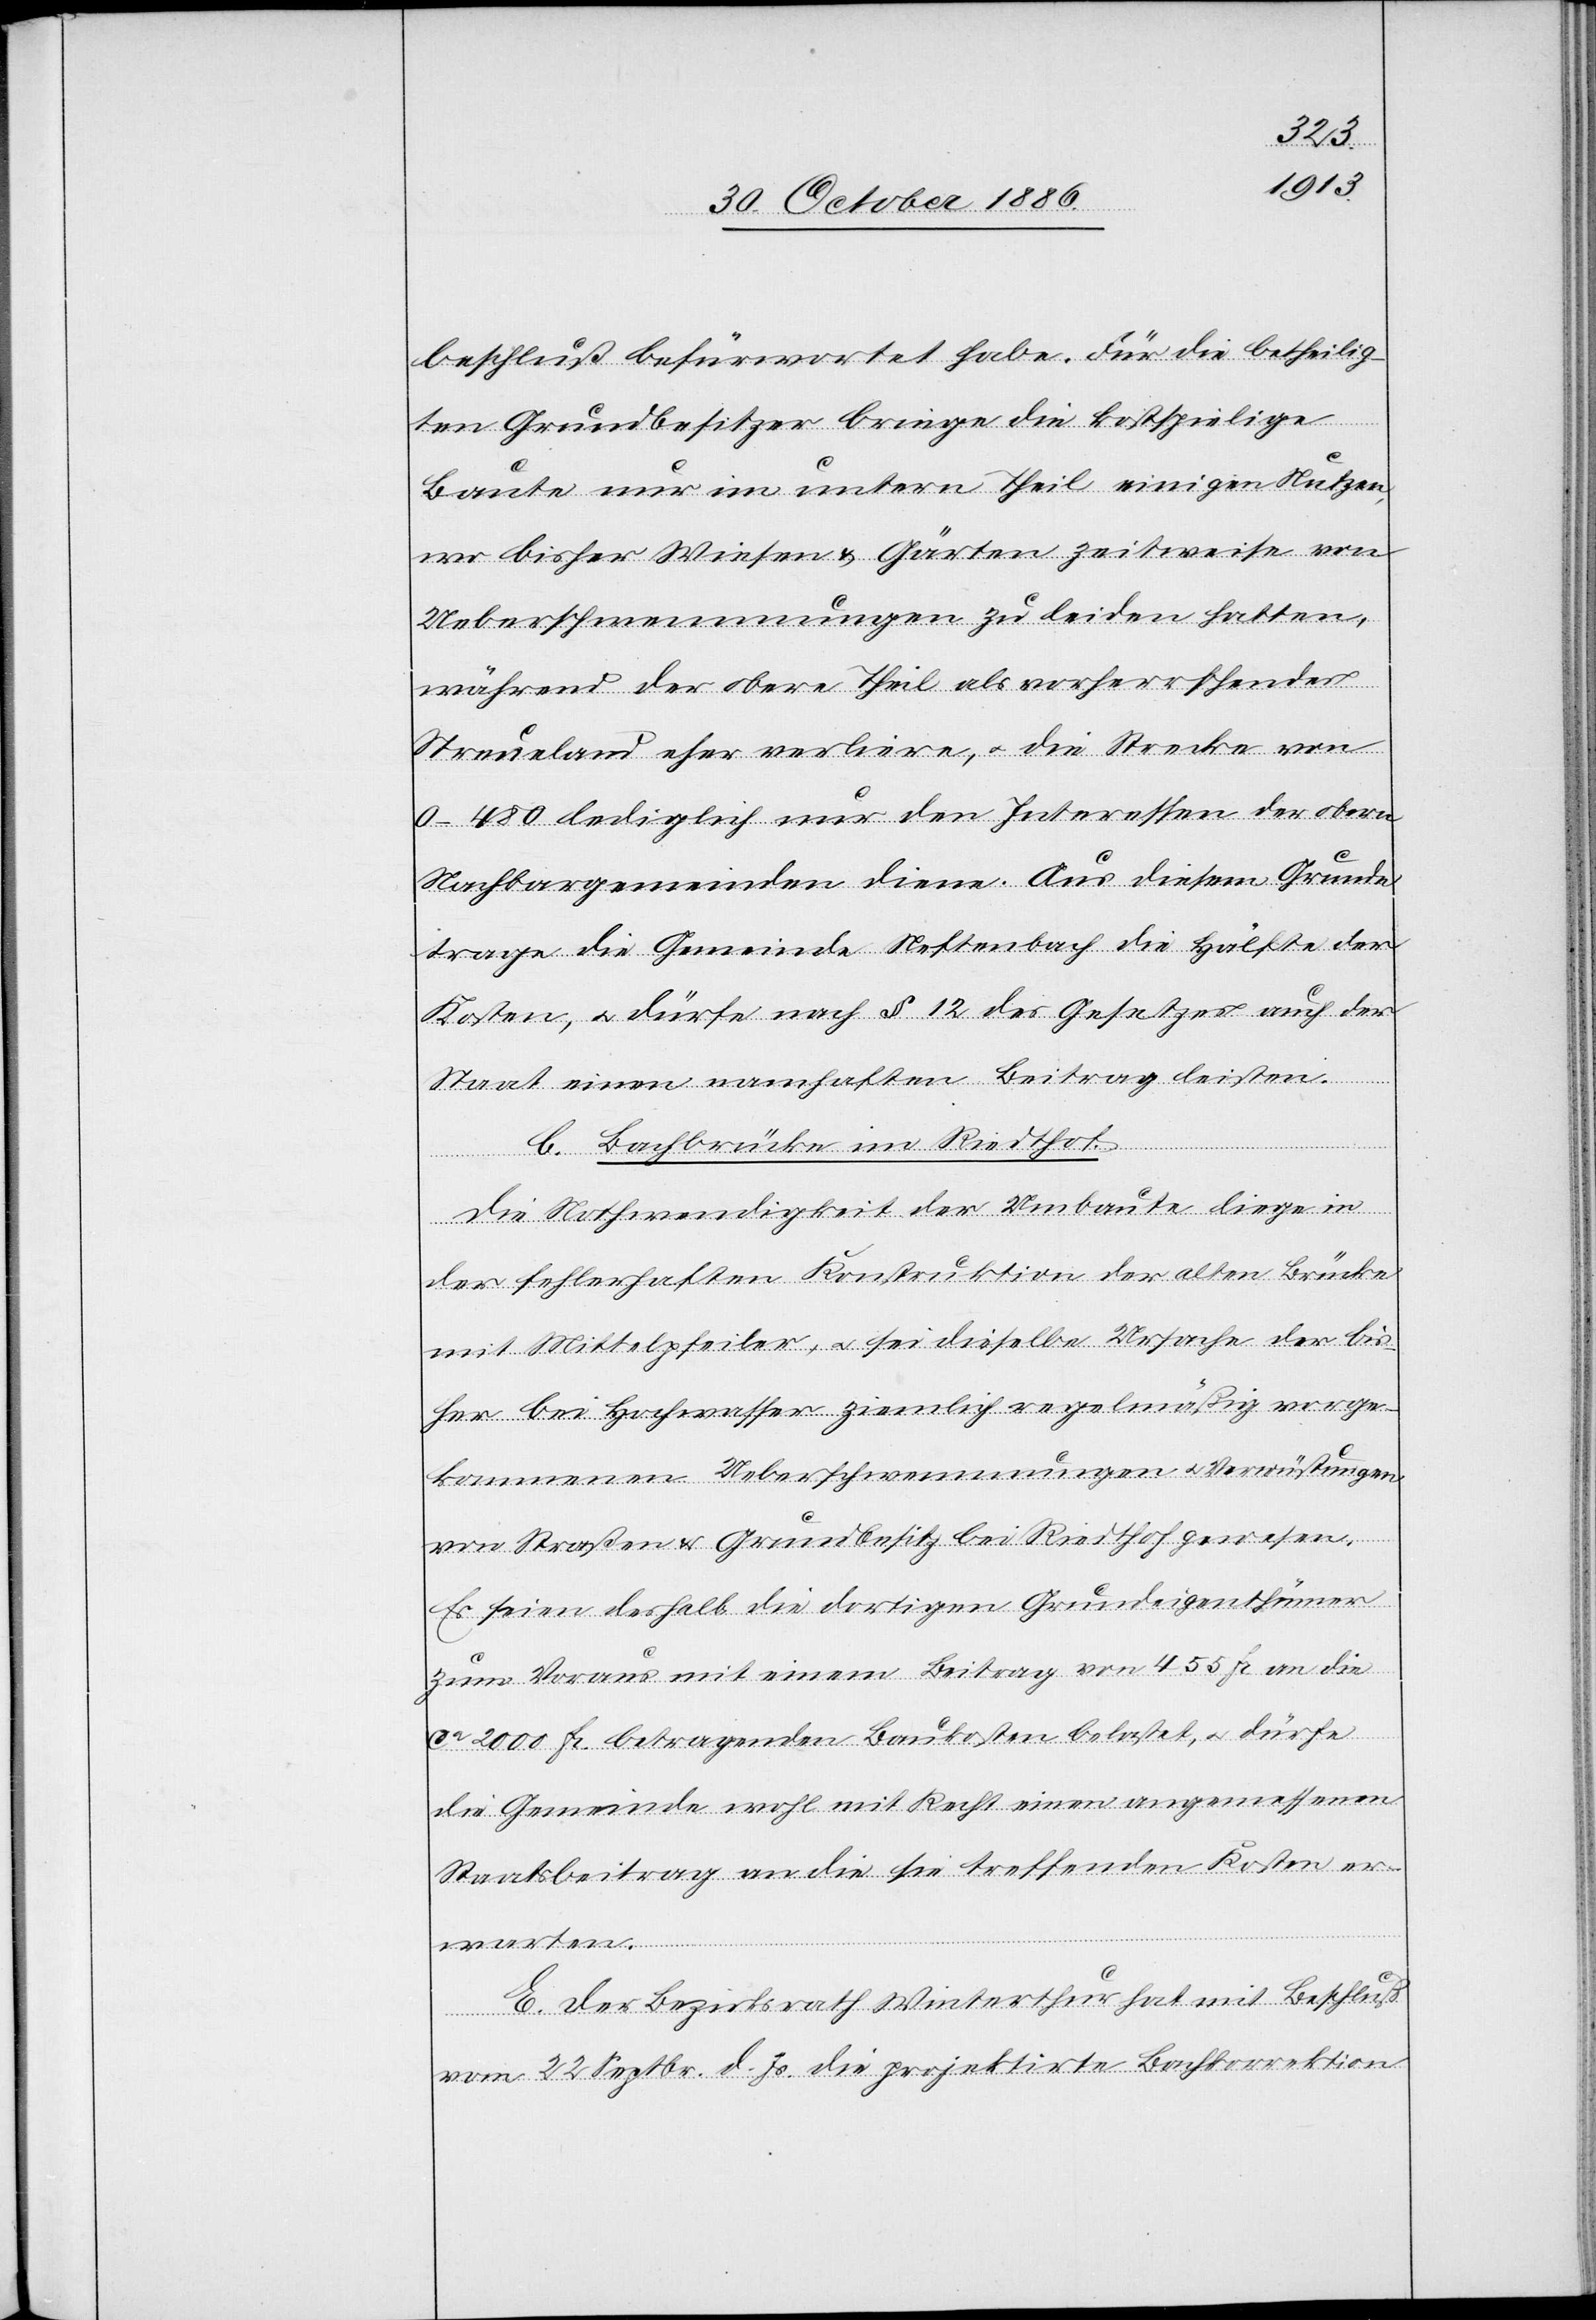
beschluß befürwortet habe. Für die betheilig¬
ten Grundbesitzer bringe die kostspielige
Baute nur im untern Theil einigen Nutzen,
wo bisher Wiesen & Gärten zeitweise von
Ueberschwemmungen zu leiden hatten,
während der obere Theil als vorherrschendes
Streueland eher verliere, & die Strecke von
0–480 lediglich nur den Interessen der obern
Nachbargemeinden diene. Aus diesem Grunde
trage die Gemeinde Neftenbach die Hälfte der
Kosten, & dürfe nach § 12 des Gesetzes auch der
Staat einen namhaften Beitrag leisten.
b. Bachbrücke im Riedthof.
Die Nothwendigkeit der Umbaute liege in
der fehlerhaften Konstruktion der alten Brücke
mit Mittelpfeiler, & sei dieselbe Ursache der bis¬
her bei Hochwasser ziemlich regelmäßig vorge¬
kommenen Ueberschwemmungen & Verwüstungen
von Straßen & Grundbesitz bei Riedthof gewesen.
Es seien deshalb die dortigen Grundeigenthümer
zum Voraus mit einem Beitrag von 455 Fr. an die
ca 2000 Fr. betragenden Baukosten belastet, & dürfe
die Gemeinde wohl mit Recht einen angemessenen
Staatsbeitrag an die sie treffenden Kosten er¬
warten.
E. Der Bezirksrath Winterthur hat mit Beschluß
vom 22. Septbr. d. Js. die projektirte Bachkorrektion